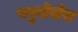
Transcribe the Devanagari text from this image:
फ्युरोसेंस